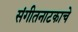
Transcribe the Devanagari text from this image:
संगीतनाटकाचे